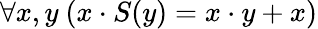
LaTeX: \forall x,y\ (x\cdot S(y)=x\cdot y+x)